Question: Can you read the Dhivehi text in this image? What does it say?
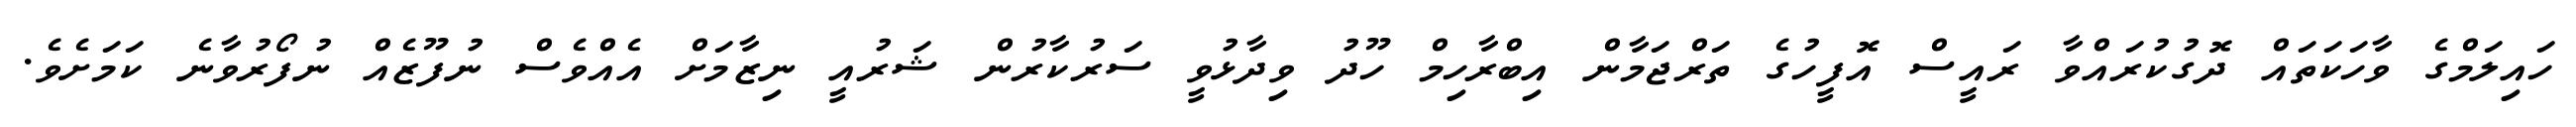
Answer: ހައިލަމްގެ ވާހަކަތައް ދޮގުކުރައްވާ ރައީސް އޮފީހުގެ ތަރްޖަމާން އިބްރާހިމް ހޫދު ވިދާޅުވީ ސަރުކާރުން ޝަރުއީ ނިޒާމަށް އެއްވެސް ނުފޫޒެއް ނުފޯރުވާނެ ކަމަށެވެ.